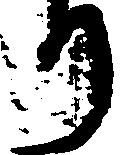
り